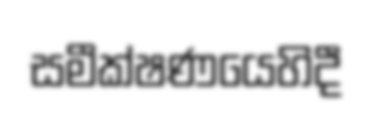
සමීක්ෂණයෙහිදී